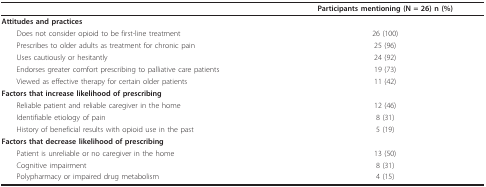
<table><thead><tr><td></td><td><b>Participants mentioning (N = 26) n (%)</b></td></tr></thead><tbody><tr><td><b>Attitudes and practices</b></td><td></td></tr><tr><td> Does not consider opioid to be first-line treatment</td><td>26 (100)</td></tr><tr><td> Prescribes to older adults as treatment for chronic pain</td><td>25 (96)</td></tr><tr><td> Uses cautiously or hesitantly</td><td>24 (92)</td></tr><tr><td> Endorses greater comfort prescribing to palliative care patients</td><td>19 (73)</td></tr><tr><td> Viewed as effective therapy for certain older patients</td><td>11 (42)</td></tr><tr><td><b>Factors that increase likelihood of prescribing</b></td><td></td></tr><tr><td> Reliable patient and reliable caregiver in the home</td><td>12 (46)</td></tr><tr><td> Identifiable etiology of pain</td><td>8 (31)</td></tr><tr><td> History of beneficial results with opioid use in the past</td><td>5 (19)</td></tr><tr><td><b>Factors that decrease likelihood of prescribing</b></td><td></td></tr><tr><td> Patient is unreliable or no caregiver in the home</td><td>13 (50)</td></tr><tr><td> Cognitive impairment</td><td>8 (31)</td></tr><tr><td> Polypharmacy or impaired drug metabolism</td><td>4 (15)</td></tr></tbody></table>